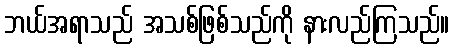
ဘယ်အရာသည် အသစ်ဖြစ်သည်ကို နားလည်ကြသည်။